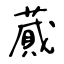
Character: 蕆